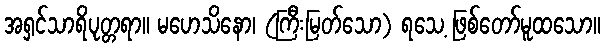
အရှင်သာရိပုတ္တရာ။ မဟေသိနော၊ (ကြီးမြတ်သော) ရသေ့ ဖြစ်တော်မူထသော။